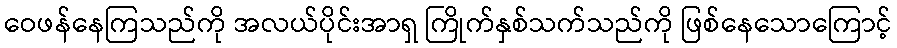
ဝေဖန်နေကြသည်ကို အလယ်ပိုင်းအာရှ ကြိုက်နှစ်သက်သည်ကို ဖြစ်နေသောကြောင့်